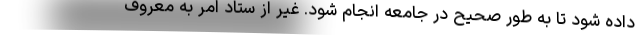
داده شود تا به طور صحیح در جامعه انجام شود. غیر از ستاد امر به معروف